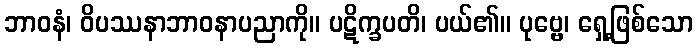
ဘာဝနံ၊ ဝိပဿနာဘာဝနာပညာကို။ ပဋိက္ခပတိ၊ ပယ်၏။ ပုဗ္ဗေ၊ ရှေ့ဖြစ်သော